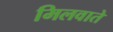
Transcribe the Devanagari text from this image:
मिलवाते